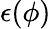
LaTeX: \epsilon(\phi)